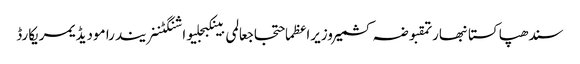
سندھپاکستانبھارتمقبوضہ کشمیروزیراعظماحتجاجعالمی بینکبجلیواشنگٹننریندرا مودیڈیمریکارڈ